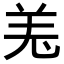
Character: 𦍑